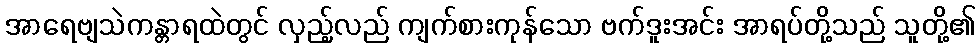
အာရေဗျသဲကန္တာရထဲတွင် လှည့်လည် ကျက်စားကုန်သော ဗက်ဒူးအင်း အာရပ်တို့သည် သူတို့၏